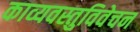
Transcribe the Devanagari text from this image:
काव्यवस्तुविवेचन